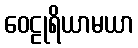
ဝေဠုရိယာမယာ